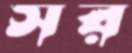
সর